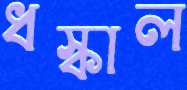
ধস্‌কাল